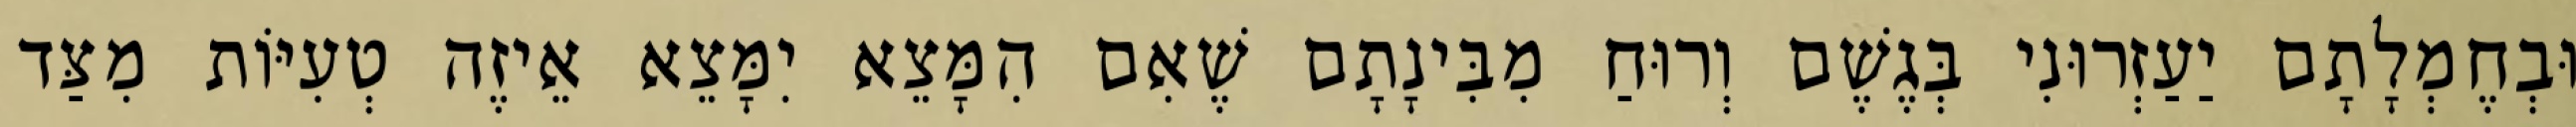
וּבְחֶמְלָתָם יַעַזְרוּנִי בְּגֶשֶׁם וְרוּחַ מִבִּינָתָם שֶׁאִם הִמָּצֵא יִמָּצֵא אֵיזֶה טְעִיּוֹת מִצַּד